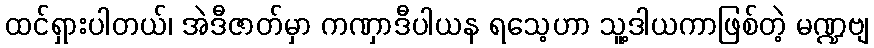
ထင်ရှားပါတယ်၊ အဲဒီဇာတ်မှာ ကဏှာဒီပါယန ရသေ့ဟာ သူ့ဒါယကာဖြစ်တဲ့ မဏ္ဍဗျ